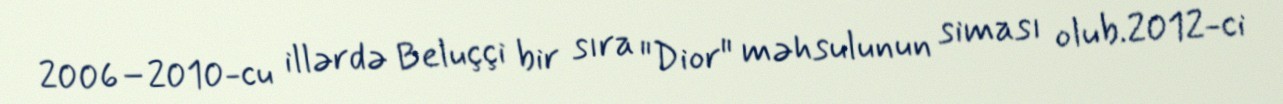
2006–2010-cu illərdə Beluççi bir sıra "Dior" məhsulunun siması olub.2012-ci